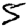
Digit: 5